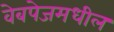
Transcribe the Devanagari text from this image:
वेबपेजमधील